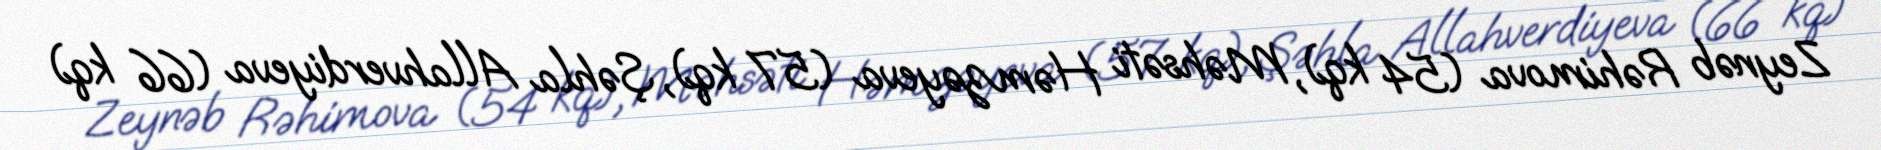
Zeynəb Rəhimova (54 kq), Məhsəti Həmzəyeva (57 kq), Şəhla Allahverdiyeva (66 kq)